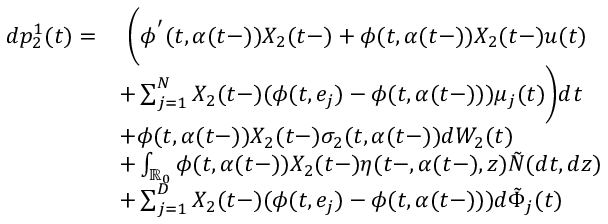
\begin{array} { r l } { d p _ { 2 } ^ { 1 } ( t ) = } & { \ \biggl ( \phi ^ { ' } ( t , \alpha ( t - ) ) X _ { 2 } ( t - ) + \phi ( t , \alpha ( t - ) ) X _ { 2 } ( t - ) u ( t ) } \\ & { + \sum _ { j = 1 } ^ { N } X _ { 2 } ( t - ) ( \phi ( t , e _ { j } ) - \phi ( t , \alpha ( t - ) ) ) \mu _ { j } ( t ) \biggr ) d t } \\ & { + \phi ( t , \alpha ( t - ) ) X _ { 2 } ( t - ) \sigma _ { 2 } ( t , \alpha ( t - ) ) d W _ { 2 } ( t ) } \\ & { + \int _ { \mathbb { R } _ { 0 } } \phi ( t , \alpha ( t - ) ) X _ { 2 } ( t - ) \eta ( t - , \alpha ( t - ) , z ) \tilde { N } ( d t , d z ) } \\ & { + \sum _ { j = 1 } ^ { D } X _ { 2 } ( t - ) ( \phi ( t , e _ { j } ) - \phi ( t , \alpha ( t - ) ) ) d \tilde { \Phi } _ { j } ( t ) } \end{array}